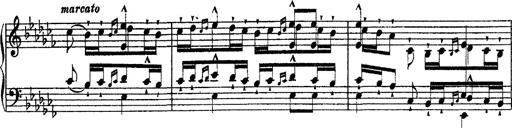
Title: Ã‰tudes d'exÃ©cution transcendante d'aprÃ¨s Paganini
Composer: Franz Liszt